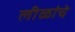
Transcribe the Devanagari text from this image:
लीळांचे